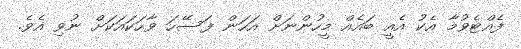
ފެއްޓެވުމާ އެކު އެއީ ބައެއް މީހުންނަށް އަހަން ފަސޭހަ ވާހަކައަކަށް ނުވި އެވެ.